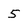
Character: 5